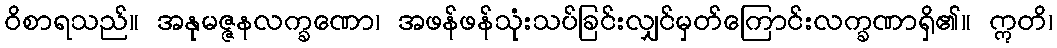
ဝိစာရသည်။ အနုမဇ္ဇနလက္ခဏော၊ အဖန်ဖန်သုံးသပ်ခြင်းလျှင်မှတ်ကြောင်းလက္ခဏာရှိ၏။ ဣတိ၊